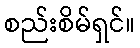
စည်းစိမ်ရှင်။